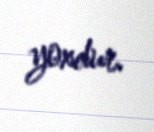
yoxdur.